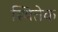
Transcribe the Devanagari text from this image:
स्थितेक